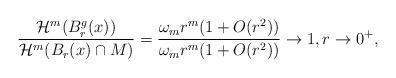
LaTeX: \begin{align*}\frac{\mathcal{H}^{m}(B_{r}^{g}(x))}{\mathcal{H}^{m}(B_{r}(x)\cap M)}=\frac{\omega_{m}r^{m}(1+O(r^{2}))}{\omega_{m}r^{m}(1+O(r^{2}))}\to1,r\to0^{+},\end{align*}